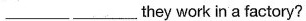
____ ____they work in a factory?